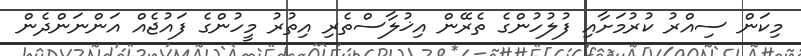
މިކަން ސިއްރު ކުރުމަށާއި ފުލުހުންގެ ތެރޭން އިޚުލާސްތެރި އިތުރު މީހުންގެ ފައުޖެއް އަންނަންދެން